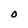
Character: O